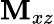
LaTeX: \mathbf{M}_{xz}